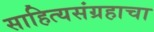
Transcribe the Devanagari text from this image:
साहित्यसंग्रहाचा